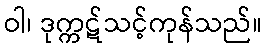
ဝါ၊ ဒုက္ကဋ်သင့်ကုန်သည်။